Report on vaccination in the Province of Bengal - 1869-1873
Year: 1869
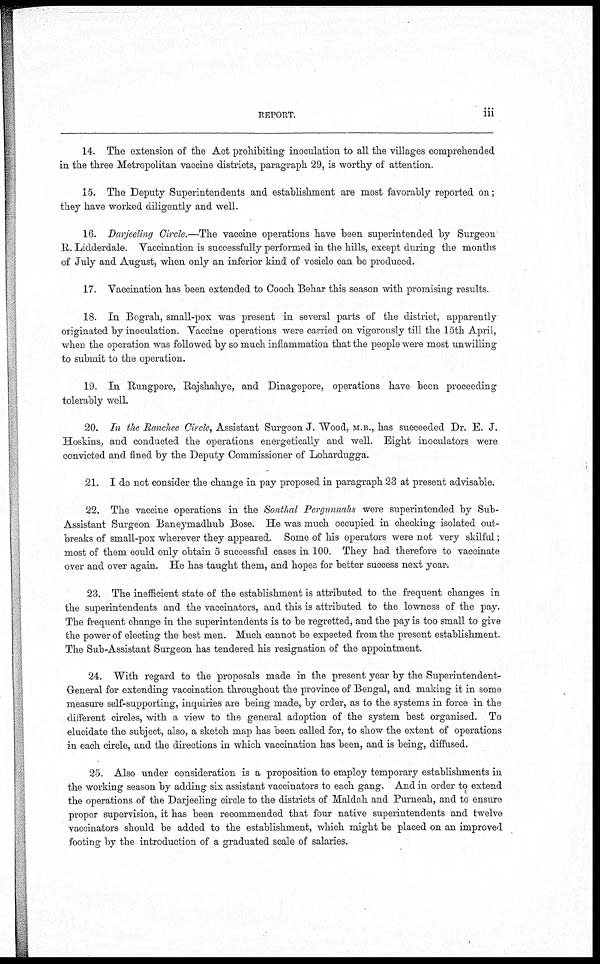
REPORT.
iii
14. The extension of the Act prohibiting inoculation to all the villages comprehended
in the three Metropolitan vaccine districts, paragraph 29, is worthy of attention.
15. The Deputy Superintendents and establishment are most favorably reported on;
they have worked diligently and well.
16. Darjeeling Circle.—The vaccine operations have been superintended by Surgeon
R. Lidderdale. Vaccination is successfully performed in the hills, except during the months
of July and August, when only an inferior kind of vesicle can be produced.
17. Vaccination has been extended to Cooch Behar this season with promising results.
18. In Bograh, small-pox was present in several parts of the district, apparently
originated by inoculation. Vaccine operations were carried on vigorously till the 15th April,
when the operation was followed by so much inflammation that the people were most unwilling
to submit to the operation.
19. In Rungpore, Rajshahye, and Dinagepore, operations have been proceeding
tolerably well.
20. In the Ranchee Circle, Assistant Surgeon J. Wood, M.B., has succeeded Dr. E. J.
Hoskins, and conducted the operations energetically and well. Eight inoculators were
convicted and fined by the Deputy Commissioner of Lohardugga.
21. I do not consider the change in pay proposed in paragraph 23 at present advisable.
22. The vaccine operations in the Sonthal Pergumnahs were superintended by Sub-
Assistant Surgeon Baneymadhub Bose. He was much occupied in checking isolated out-
breaks of small-pox wherever they appeared. Some of his operators were not very skilful;
most of them could only obtain 5 successful cases in 100. They had therefore to vaccinate
over and over again. He has taught them, and hopes for better success next year.
23. The inefficient state of the establishment is attributed to the frequent changes in
the superintendents and the vaccinators, and this is attributed to the lowness of the pay.
The frequent change in the superintendents is to be regretted, and the pay is too small to give
the power of electing the best men. Much cannot be expected from the present establishment.
The Sub-Assistant Surgeon has tendered his resignation of the appointment.
24. With regard to the proposals made in the present year by the Superintendent¬
General for extending vaccination throughout the province of Bengal, and making it in some
measure self-supporting, inquiries are being made, by order, as to the systems in force in the
different circles, with a view to the general adoption of the system best organised. To
elucidate the subject, also, a sketch map has been called for, to show the extent of operations
in each circle, and the directions in which vaccination has been, and is being, diffused.
25. Also under consideration is a proposition to employ temporary establishments in
the working season by adding six assistant vaccinators to each gang. And in order to extend
the operations of the Darjeeling circle to the districts of Maldah and Purneah, and to ensure
proper supervision, it has been recommended that four native superintendents and twelve
vaccinators should be added to the establishment, which might be placed on an improved
footing by the introduction of a graduated scale of salaries.